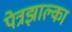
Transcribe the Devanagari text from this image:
पेत्रझाल्का